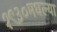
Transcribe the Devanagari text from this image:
१९३०मधल्या